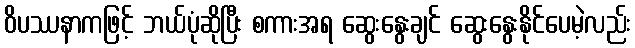
ဝိပဿနာကဖြင့် ဘယ်ပုံဆိုပြီး စကားအရ ဆွေးနွေးချင် ဆွေးနွေးနိုင်ပေမဲ့လည်း